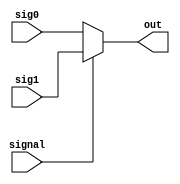
module Mux32(signal, 
sig1, 
sig0, 
out
);
input signal;
input [31:0] sig1, sig0;
output [31:0] out;

assign out = (signal)? sig1 : sig0 ;

endmodule